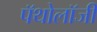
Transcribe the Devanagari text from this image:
पॅथोलॉजी